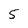
Character: 5